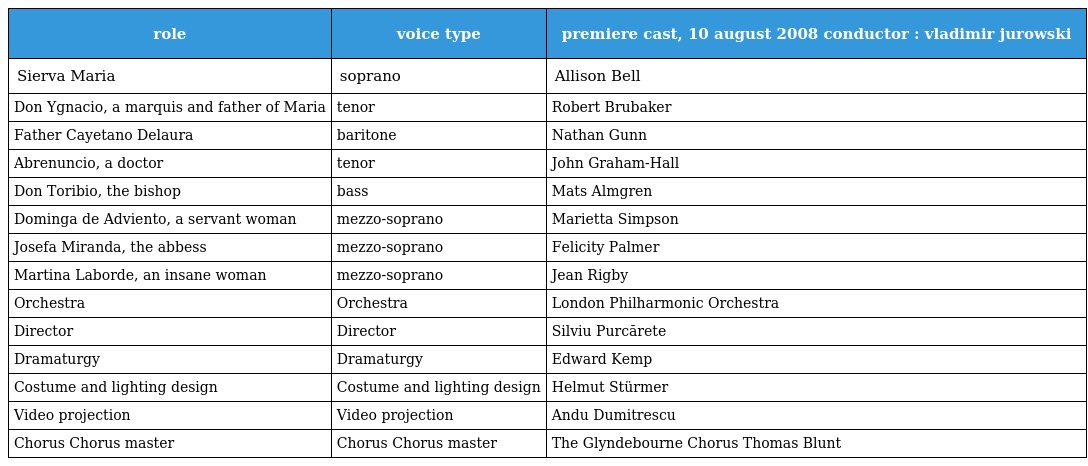
| role | voice type | premiere cast, 10 august 2008 conductor : vladimir jurowski |
 | --- | --- | --- |
 | Sierva Maria | soprano | Allison Bell |
 | Don Ygnacio, a marquis and father of Maria | tenor | Robert Brubaker |
 | Father Cayetano Delaura | baritone | Nathan Gunn |
 | Abrenuncio, a doctor | tenor | John Graham-Hall |
 | Don Toribio, the bishop | bass | Mats Almgren |
 | Dominga de Adviento, a servant woman | mezzo-soprano | Marietta Simpson |
 | Josefa Miranda, the abbess | mezzo-soprano | Felicity Palmer |
 | Martina Laborde, an insane woman | mezzo-soprano | Jean Rigby |
 | Orchestra | Orchestra | London Philharmonic Orchestra |
 | Director | Director | Silviu Purcărete |
 | Dramaturgy | Dramaturgy | Edward Kemp |
 | Costume and lighting design | Costume and lighting design | Helmut Stürmer |
 | Video projection | Video projection | Andu Dumitrescu |
 | Chorus Chorus master | Chorus Chorus master | The Glyndebourne Chorus Thomas Blunt |